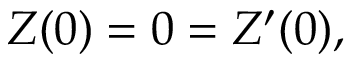
{ \cal Z } ( 0 ) = 0 = { \cal Z } ^ { \prime } ( 0 ) ,